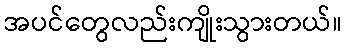
အပင်တွေလည်းကျိုးသွားတယ်။